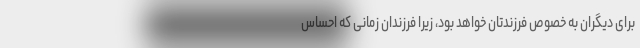
برای دیگران به خصوص فرزندتان خواهد بود، زیرا فرزندان زمانی که احساس